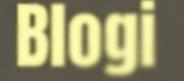
Blogi